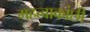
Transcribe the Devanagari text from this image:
महत्वाकांछी